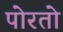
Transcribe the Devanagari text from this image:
पोरतो